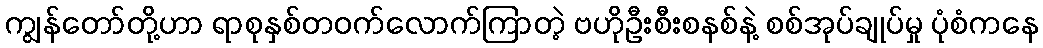
ကျွန်တော်တို့ဟာ ရာစုနှစ်တဝက်လောက်ကြာတဲ့ ဗဟိုဦးစီးစနစ်နဲ့ စစ်အုပ်ချုပ်မှု ပုံစံကနေ